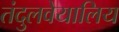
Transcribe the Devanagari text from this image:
तंदुलवेयालिय